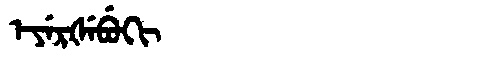
Manchu: ᡝᠶᡝᡵᡧᡝᠪᡠᡴᡳ
Romanization: EYERŠEBUKI